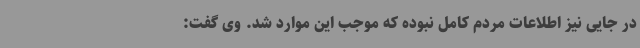
در جایی نیز اطلاعات مردم کامل نبوده که موجب این موارد شد. وی گفت: